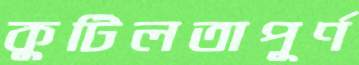
কুটিলতাপূর্ণ